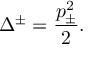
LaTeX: \Delta ^ { \pm } = \displaystyle \frac { p _ { \pm } ^ { 2 } } { 2 } .